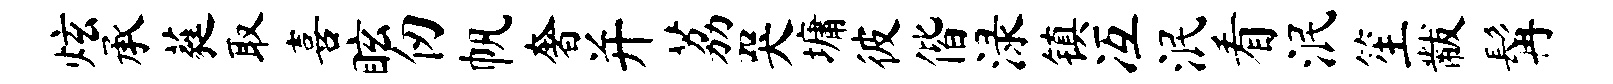
炫承蕤取喜眩仞帆奢并荔哭墉彼偕渌镇冱泯看泯笙黻髯